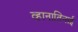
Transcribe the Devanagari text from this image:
व्हानातिनाई